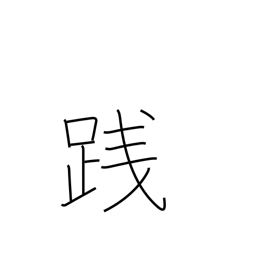
Meaning: tread